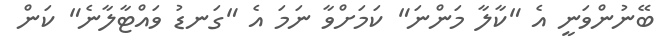
ބޭނުންވަނީ އެ "ކާލާ މަންނަ" ކަމަށްވާ ނަމަ އެ "ގަނޑު ވައްޓާލާނެ" ކަން